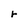
Character: r